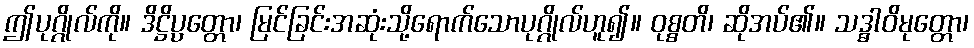
ဤပုဂ္ဂိုလ်ကို။ ဒိဋ္ဌိပ္ပတ္တော၊ မြင်ခြင်းအဆုံးသို့ရောက်သောပုဂ္ဂိုလ်ဟူ၍။ ဝုစ္စတိ၊ ဆိုအပ်၏။ သဒ္ဓါဝိမုတ္တော၊